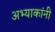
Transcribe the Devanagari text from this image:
अभ्याकांनी